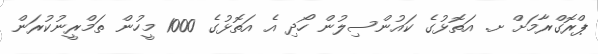
ޕްރޮގްރާމަށް ށ. އަތޮޅުގެ ކައުންސިލުން ހޯދި އެ އަތޮޅުގެ 1000 މީހުން ތަމްރީނުކުރަން